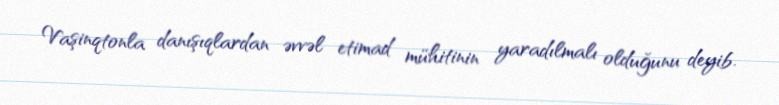
Vaşinqtonla danışıqlardan əvvəl etimad mühitinin yaradılmalı olduğunu deyib.